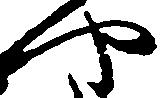
や